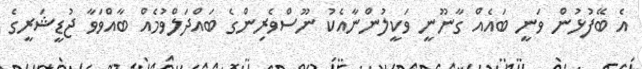
އެ ބޭފުޅުން ވަނީ ބައެއް ގާނޫނީ ވަކީލުންނާއެކު ނޫސްވެރިންްގެ ބައްދަލްވުމެއް ބާއްވަވާ ޖުޑީޝަރީގެ